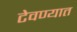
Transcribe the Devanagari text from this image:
टेवण्यात